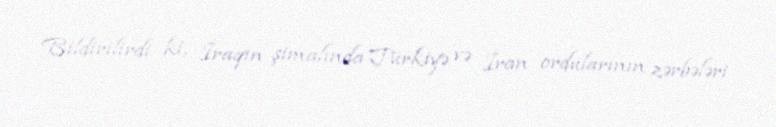
Bildirilirdi ki, İraqın şimalında Türkiyə və İran ordularının zərbələri